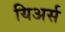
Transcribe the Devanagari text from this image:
यिअर्स